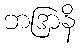
ဘဒြာနိ